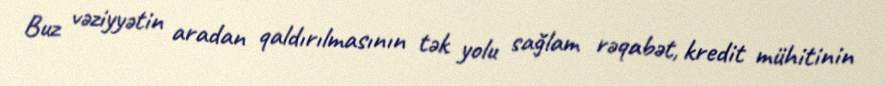
Buz vəziyyətin aradan qaldırılmasının tək yolu sağlam rəqabət, kredit mühitinin